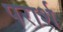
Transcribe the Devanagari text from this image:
परार्श